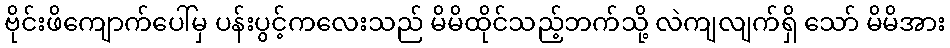
ဗိုင်းဖိကျောက်ပေါ်မှ ပန်းပွင့်ကလေးသည် မိမိထိုင်သည့်ဘက်သို့ လဲကျလျက်ရှိ သော် မိမိအား